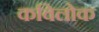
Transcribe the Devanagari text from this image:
कविलोक